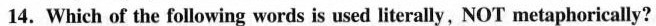
14.Which of the following words is used literally, NOT metaphorically?